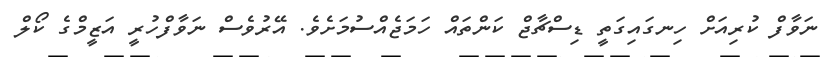
ނަވާފް ކުރިއަށް ހިނގައިގަތީ ޑިސްޗާޖް ކަންތައް ހަމަޖެއްސުމަށެވެ. އޭރުވެސް ނަވާފްހުރީ އަޒީމްގެ ކޯލް